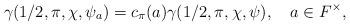
LaTeX: \begin{align*}\gamma(1/2,\pi,\chi,\psi_a)=c_\pi(a)\gamma(1/2,\pi,\chi,\psi), \ \ \ a\in F^\times, \end{align*}